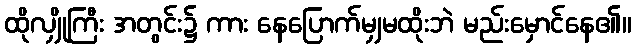
ထိုလျှိုကြီး အတွင်း၌ ကား နေပြောက်မျှမထိုးဘဲ မည်းမှောင်နေ၏။